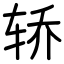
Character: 轿